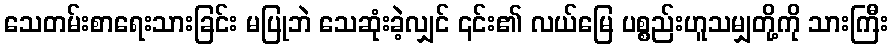
သေတမ်းစာရေးသားခြင်း မပြုဘဲ သေဆုံးခဲ့လျှင် ၎င်း၏ လယ်မြေ ပစ္စည်းဟူသမျှတို့ကို သားကြီး